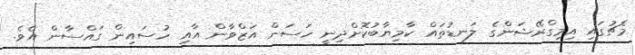
މެޗުގައި އިމިގްރޭޝަންގެ ލަނޑުތައް ކާމިޔާބުކޮށްދިނީ ހަސަން އަޒްވާން އާއި ހުސައިން ގައްސާން އެވެ.